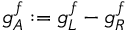
g _ { A } ^ { f } : = g _ { L } ^ { f } - g _ { R } ^ { f }